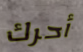
أحرك